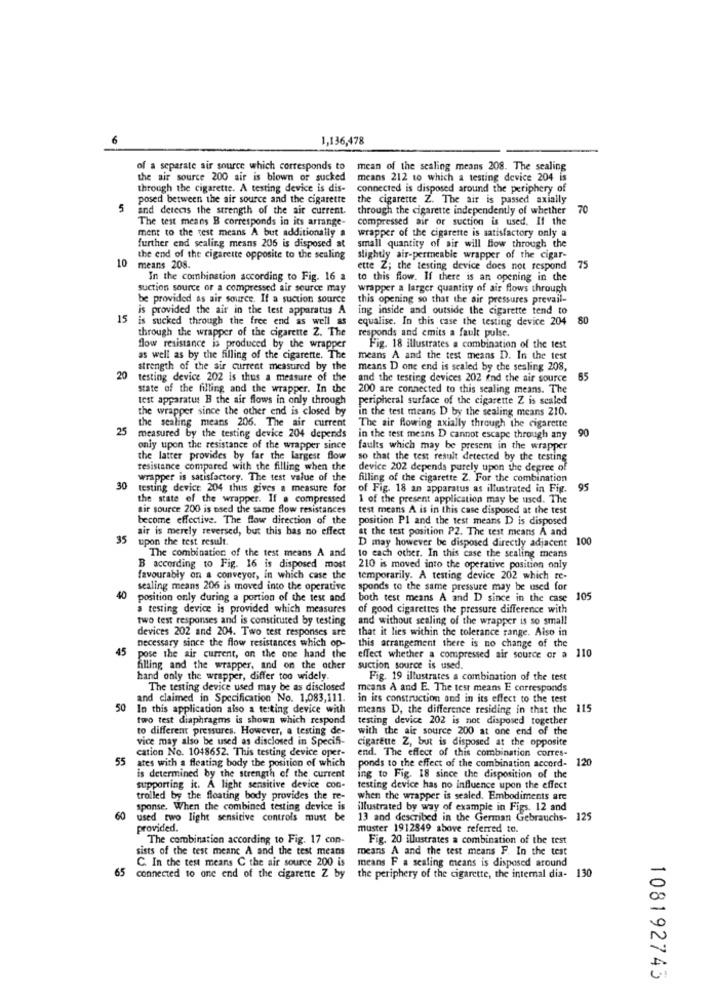
6
1,136,478
of a separate air source which corresponds to
mean of the scaling means 208. The sealing
the air source 200 air is blown or sucked
means 212 to which a testing device 204 is
through the cigarette. A testing device is dis-
connected is disposed around the periphery of
posed between the air source and the cigarette
the cigarette Z. The air is passed axially
5
and detecis the strength of the air current.
through the cigarette independently of whether
70
The test means B corresponds in its arrange-
compressed air or suction is used. If the
ment to the test means A but additionally a
further end sealing means 206 is disposed at
wrapper of the cigarette is satisfactory only a
small quantity of air will flow through the
10
the end of the cigarette opposite to the sealing
slightly air-permeable wrapper of the cigar-
means 208.
ette Z; the testing device does not respond
75
In the combination according to Fig. 16 a
to this flow. If there is an opening in the
suction source or a compressed air source may
wrapper a larger quantity of air flows through
be provided as air source. If a suction source
this opening so that the air pressures prevail-
is provided the air in the test apparatus A
ing inside and outside the cigarette tend to
15
is sucked through the free end as well as
equalise. In this case the testing device 204
80
through the wrapper of the cigarette Z. The
responds and emits a fault pulse.
flow resistance is produced by the wrapper
Fig. 18 illustrates a combination of the test
as well as by the filling of the cigarette. The
means A and the test means D. In the test
strength of the sir current measured by the
means D one end is sealed by the sealing 208,
20
testing device 202 is thus a measure of the
and the testing devices 202 end the air source
65
state of the filling and the wrapper. In the
200 are connected to this sealing means. The
test apparatus B the air flows in only through
peripheral surface of the cigarette Z is scaled
the wrapper since the other end is closed by
in the test means D by the sealing means 210.
25
the sealing means 206. The air current
The air flowing axially through the cigarette
measured by the testing device 204 depends
in the test means D cannot escape through any
90
only upon the resistance of the wrapper since
faults which may be present in the wrapper
the latter provides by far the largest flow
so that the test result detected by the testing
resistance compared with the filling when the device 202 depends purely upon the degree of
device 202 depends purely upon the degree of
wrapper is satisfactory. The test value of the
wrapper is satisfactory. The test value of the filling of the cigarette Z. For the combination
30
testing device 204 thus gives a measure for
of Fig. 18 an apparatus as illustrated in Fig.
95
the state of the wrapper. If a compressed
1 of the present application may be used. The
sir source 200 is used the same flow resistances
test means A is in this case disposed at the test
become effective. The flow direction of the
position Pl and the test means D is disposed
air is merely reversed, but this has no effect
at the test position P2. The test means A and
35
upon the test result.
D may however be disposed directly adjacent
100
The combination of the test means A and
10 each other. In this case the scaling means
B according to Fig. 16 is disposed most
210 is moved into the operative position only
favourably on a conveyor, in which case the
temporarily. A testing device 202 which re-
sealing means 206 is moved into the operative
sponds to the same pressure may be used for
40
position only during a portion of the text and
both test means A and D since in the case
105
a testing device is provided which measures
of good cigarettes the pressure difference with
two test responses and is constituted by testing
and without sealing of the wrapper is so small
devices 202 and 204. Two test responses are
that it lies within the tolerance range. Also in
45
necessary since the flow resistances which op-
this arrangement there is no change of the
pose the air current, on the one hand the
effect whether a compressed air source or a 110
filling and the wrapper, and on the ocher
suction source is used.
hand only the wrapper, differ too widely.
Fig. 19 illustrates a combination of the test
The testing device used may be as disclosed
means A and E. The test means E corresponds
and claimed in Specification No. 1,083,111.
in its construction and in its effect to the test
50
In this application also a testing device with
means D, the difference residing in that the
115
two test diaphragms is shown which respond
testing device 202 is not disposed together
to different pressures. However, a testing de-
with the air source 200 at one end of the
vice may also be used as disclosed in Specifi-
cigarette Z, but is disposed at the opposite
cation No. 1048652. This testing device oper-
end. The effect of this combination corres-
120
55 ates with a floating body the position of which
ponds to the effect of the combination accord-
is determined by the strength of the current
ing to Fig. 18 since the disposition of the
supporting it. A light sensitive device con-
testing device has no influence upon the effect
trolled by the floating body provides the re-
when the wrapper is sealed. Embodiments are
sponse. When the combined testing device is
illustrated by way of example in Figs. 12 and
60 used two light sensitive controls must be
13 and described in the German Gebrauchs- 125
provided.
muster 1912849 above referred to.
The combination according to Fig. 17 con-
Fig. 20 illustrates a combination of the test
sists of the test meanc A and the test means
C. In the test means C the air source 200 is
means A and the test means F. In the test
means F a sealing means is disposed around
65
connected to one end of the cigarette Z by the periphery of the cigarette, the internal dia- 130
108192743